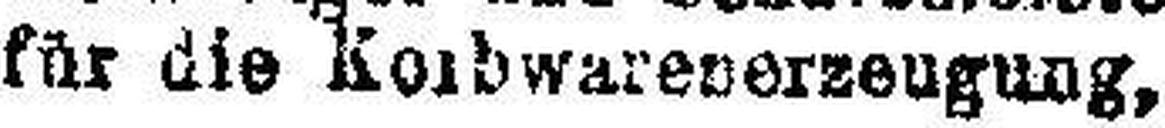
für die Korbwarenerzeugung,